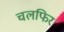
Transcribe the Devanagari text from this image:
चलफिर